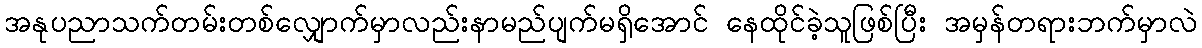
အနုပညာသက်တမ်းတစ်လျှောက်မှာလည်းနာမည်ပျက်မရှိအောင် နေထိုင်ခဲ့သူဖြစ်ပြီး အမှန်တရားဘက်မှာလဲ